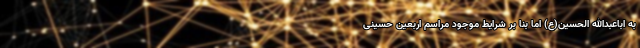
به اباعبدالله الحسین(ع) اما بنا بر شرایط موجود مراسم‌ اربعین حسینی